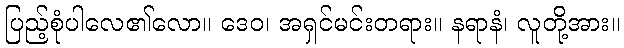
ပြည့်စုံပါလေ၏လော။ ဒေဝ၊ အရှင်မင်းတရား။ နရာနံ၊ လူတို့အား။